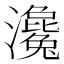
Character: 瀺